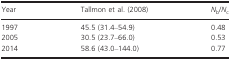
<table><thead><tr><td><b>Year</b></td><td><b>Tallmon et al. (2008)</b></td><td><b><i>N</i><sub>b</sub>/<i>N</i><sub>c</sub></b></td></tr></thead><tbody><tr><td>1997</td><td>45.5 (31.4–54.9)</td><td>0.48</td></tr><tr><td>2005</td><td>30.5 (23.7–66.0)</td><td>0.53</td></tr><tr><td>2014</td><td>58.6 (43.0–144.0)</td><td>0.77</td></tr></tbody></table>